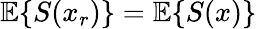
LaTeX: {\mathbb E}\{ S(x_{r})\} ={\mathbb E}\{ S(x)\}